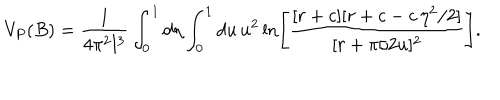
LaTeX: V _ { P } ( B ) = \frac { 1 } { 4 \pi ^ { 2 } l ^ { 3 } } \int _ { 0 } ^ { 1 } d \eta \int _ { 0 } ^ { 1 } d u \, u ^ { 2 } \ln \left[ \frac { [ r + c ] [ r + c - c \, \eta ^ { 2 } / 2 ] } { [ r + \pi / 2 u ] ^ { 2 } } \right] .